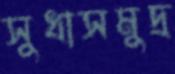
সুধাসমুদ্র